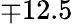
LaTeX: \mp 12.5